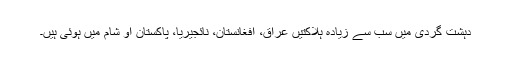
دہشت گردی میں سب سے زیادہ ہلاکتیں عراق، افغانستان، نائجیریا، پاکستان او شام میں ہوئی ہیں۔